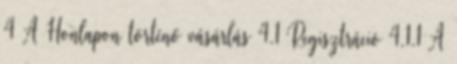
4 A Honlapon történő vásárlás 4.1 Regisztráció 4.1.1 A